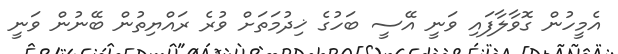
އެމީހުން ގޮވާލާފައި ވަނީ އޭސީ ބަހުގެ ޚިދުމަތަށް ވުރެ ރައްޔިތުން ބޭނުން ވަނީ